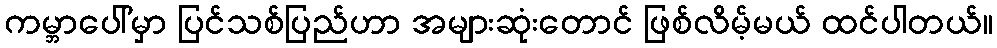
ကမ္ဘာပေါ်မှာ ပြင်သစ်ပြည်ဟာ အများဆုံးတောင် ဖြစ်လိမ့်မယ် ထင်ပါတယ်။